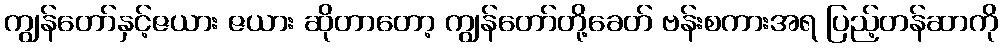
ကျွန်တော်နှင့်ဇယား ဇယား ဆိုတာတော့ ကျွန်တော်တို့ခေတ် ဗန်းစကားအရ ပြည့်တန်ဆာကို